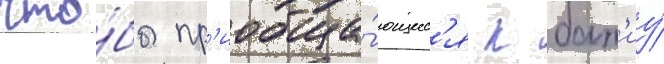
что́бы пр'иобща́ющиес'я к быт'иу́